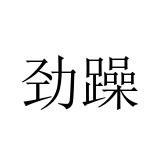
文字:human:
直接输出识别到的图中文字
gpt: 劲躁